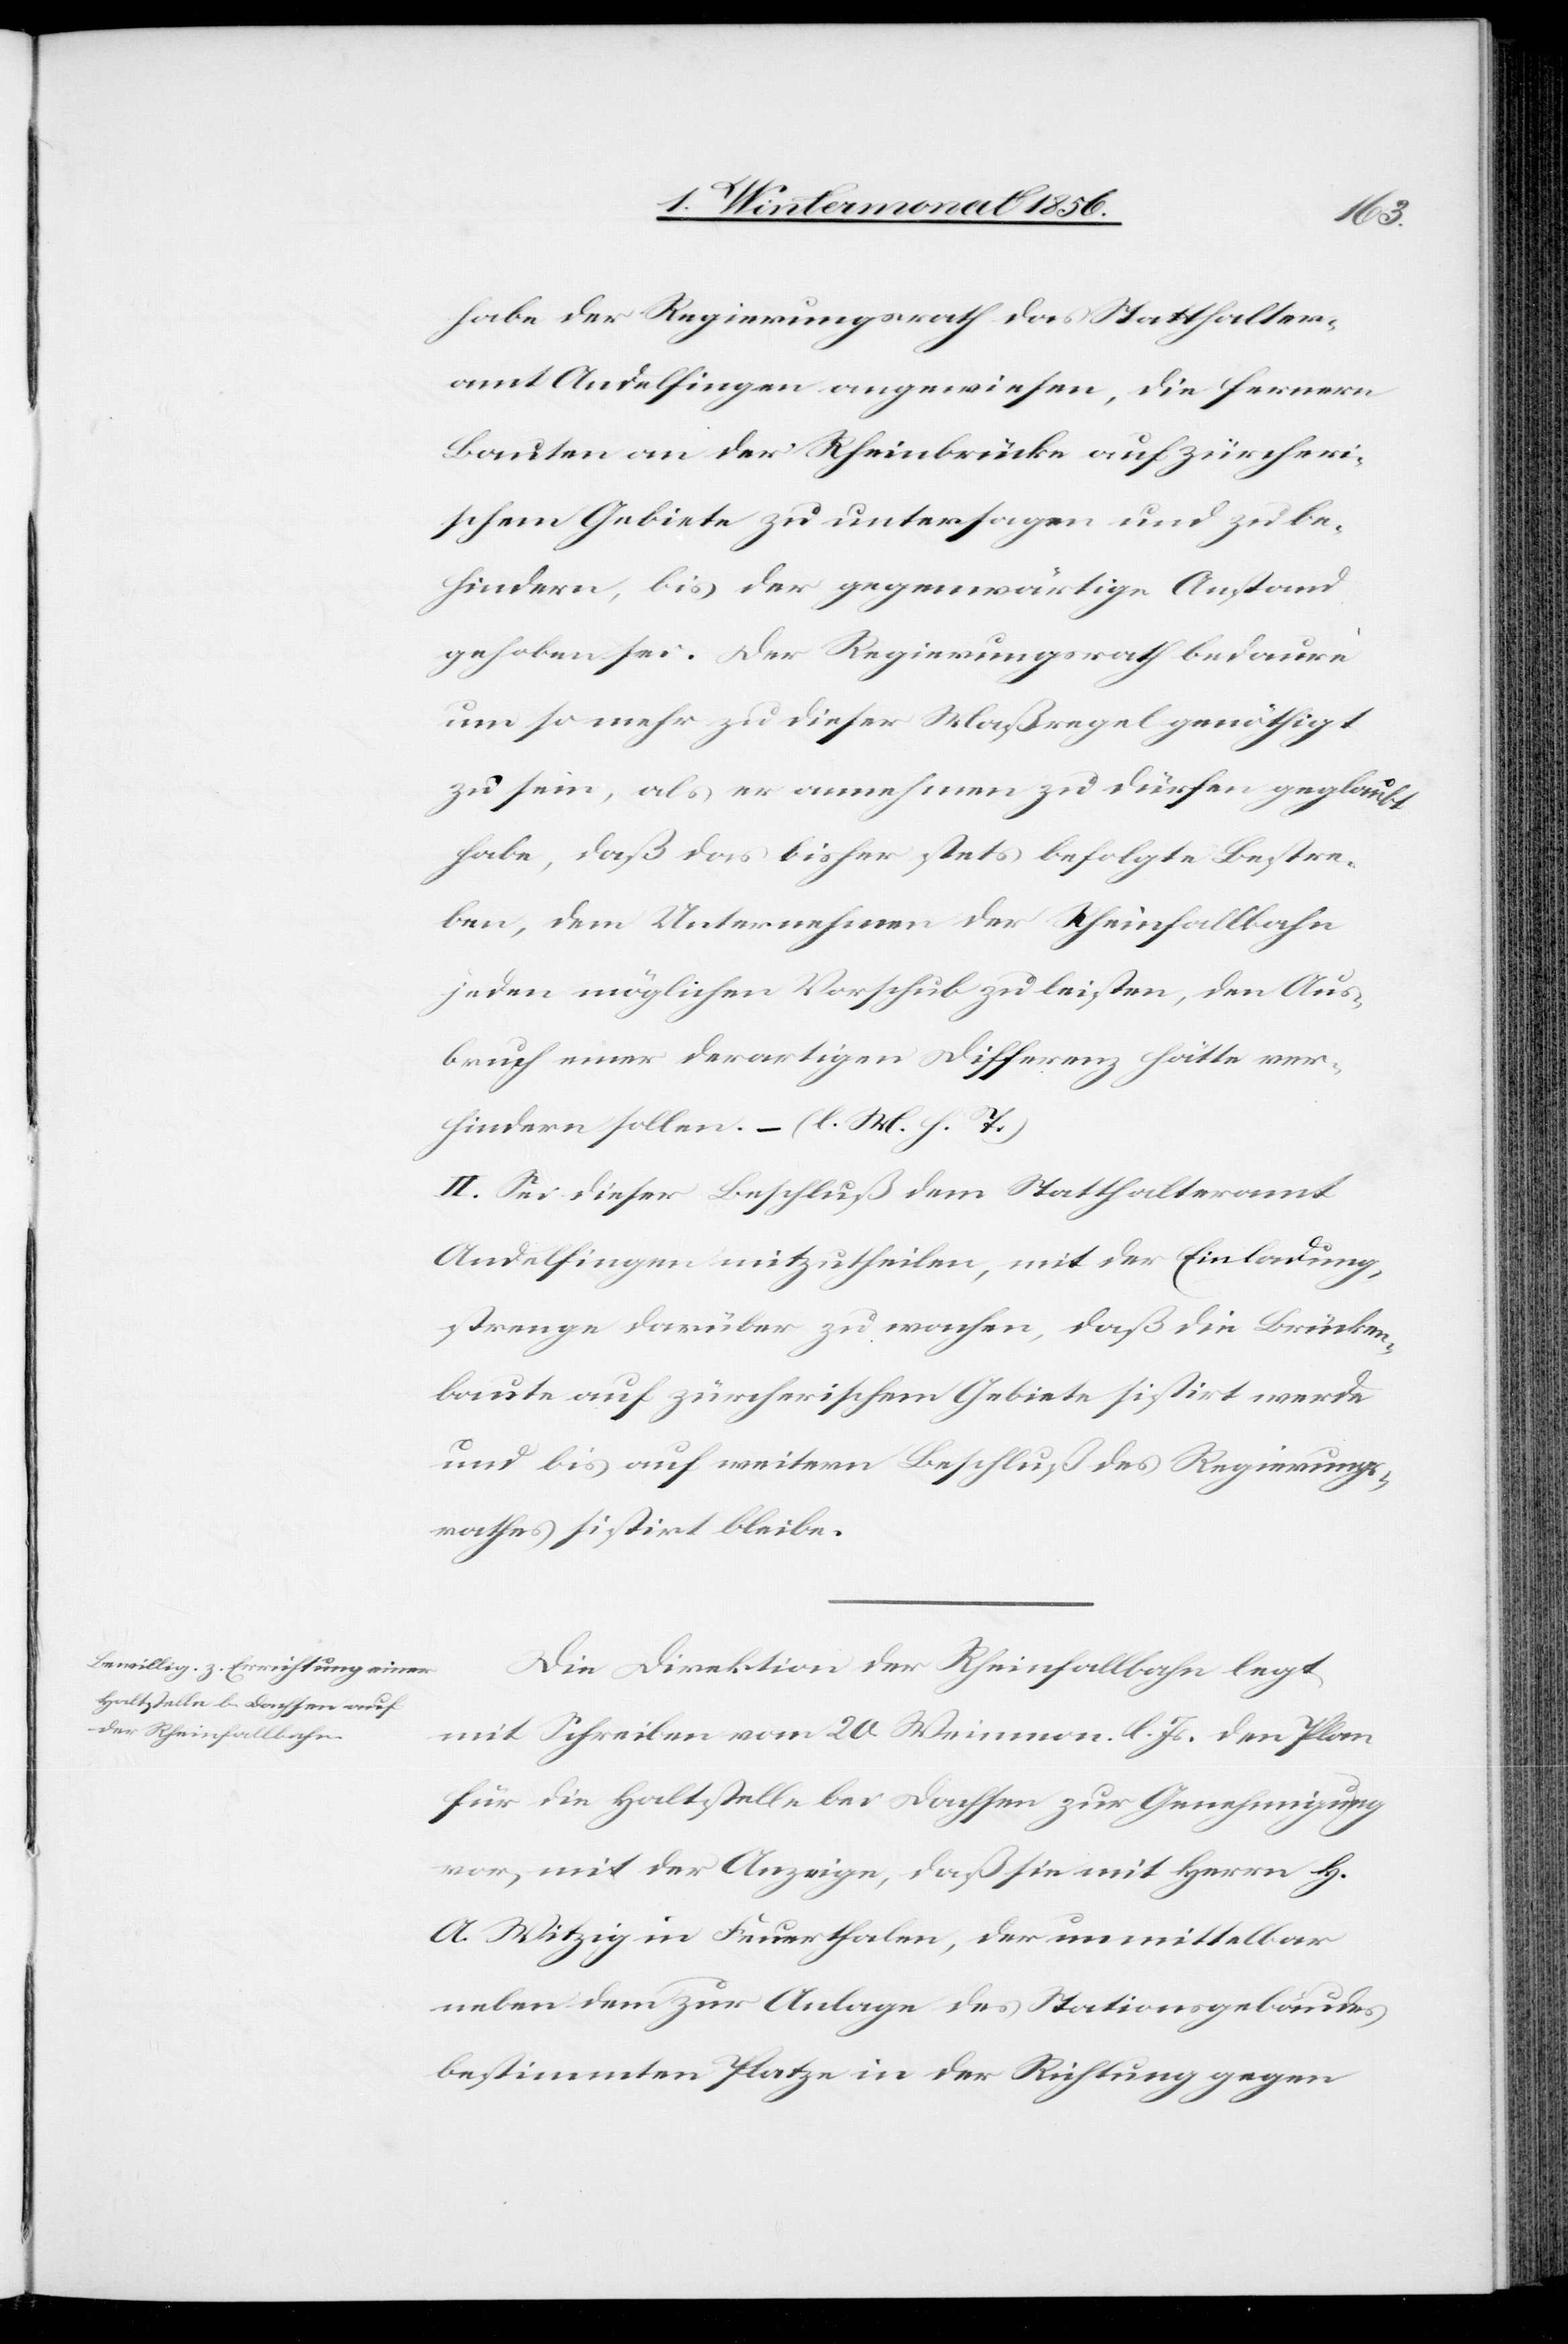
habe der Regierungsrath das Statthalter¬
amt Andelfingen angewiesen, die fernern
Bauten an der Rheinbrücke auf zürcheri¬
schem Gebiete zu untersagen und zu be¬
hindern, bis der gegenwärtige Anstand
gehoben sei. Der Regierungsrath bedaure
um so mehr zu dieser Maßregel genöthigt
zu sein, als er annehmen zu dürfen geglaubt
habe, daß das bisher stets befolgte Bestre¬
ben, dem Unternehmen der Rheinfallbahn
jeden möglichen Vorschub zu leisten, den Aus¬
bruch einer derartigen Differenz hätte ver¬
hindern sollen. – (l. M. h. T.)
II. Sei dieser Beschluß dem Statthalteramt
Andelfingen mitzutheilen, mit der Einladung,
strenge darüber zu wachen, daß die Brücken¬
baute auf zürcherischem Gebiete sistirt werde
und bis auf weitern Beschluß des Regierungs¬
rathes sistirt bleibe.
Die Direktion der Rheinfallbahn legt
mit Schreiben vom 20 Weinmon. l. Js. den Plan
für die Haltstelle bei Dachsen zur Genehmigung
vor, mit der Anzeige, daß sie mit Herrn H.
A. Witzig in Feuerhalten, der unmittelbar
neben dem zur Anlage des Stationsgebäudes
bestimmten Platze in der Richtung gegen